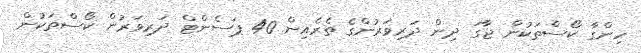
ހިންގާ ކޯސްތަކުން ޖާގަ ދިން ދަރިވަރުންގެ ތެރެއިން 40 ޕަސެންޓް ދަރިވަރުން ކޯސްތަކުން